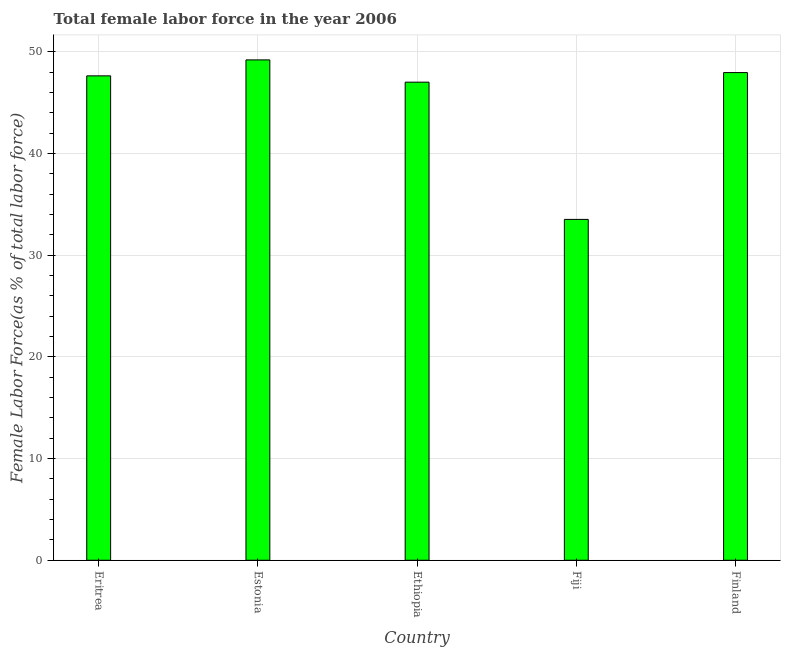
| Country | Female Labor force |
 | --- | --- |
 | Eritrea | 47.6 |
 | Estonia | 49.2 |
 | Ethiopia | 47 |
 | Fiji | 33.5 |
 | Finland | 48 |